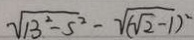
\sqrt { 1 3 ^ { 2 } - 5 ^ { 2 } } - \sqrt { ( \sqrt { 2 } - 1 ) ^ { 2 } }